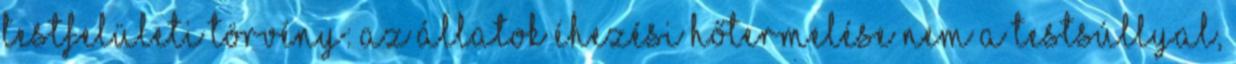
testfelületi törvény: az állatok éhezési hőtermelése nem a testsúllyal,